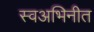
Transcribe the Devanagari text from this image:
स्वअभिनीत